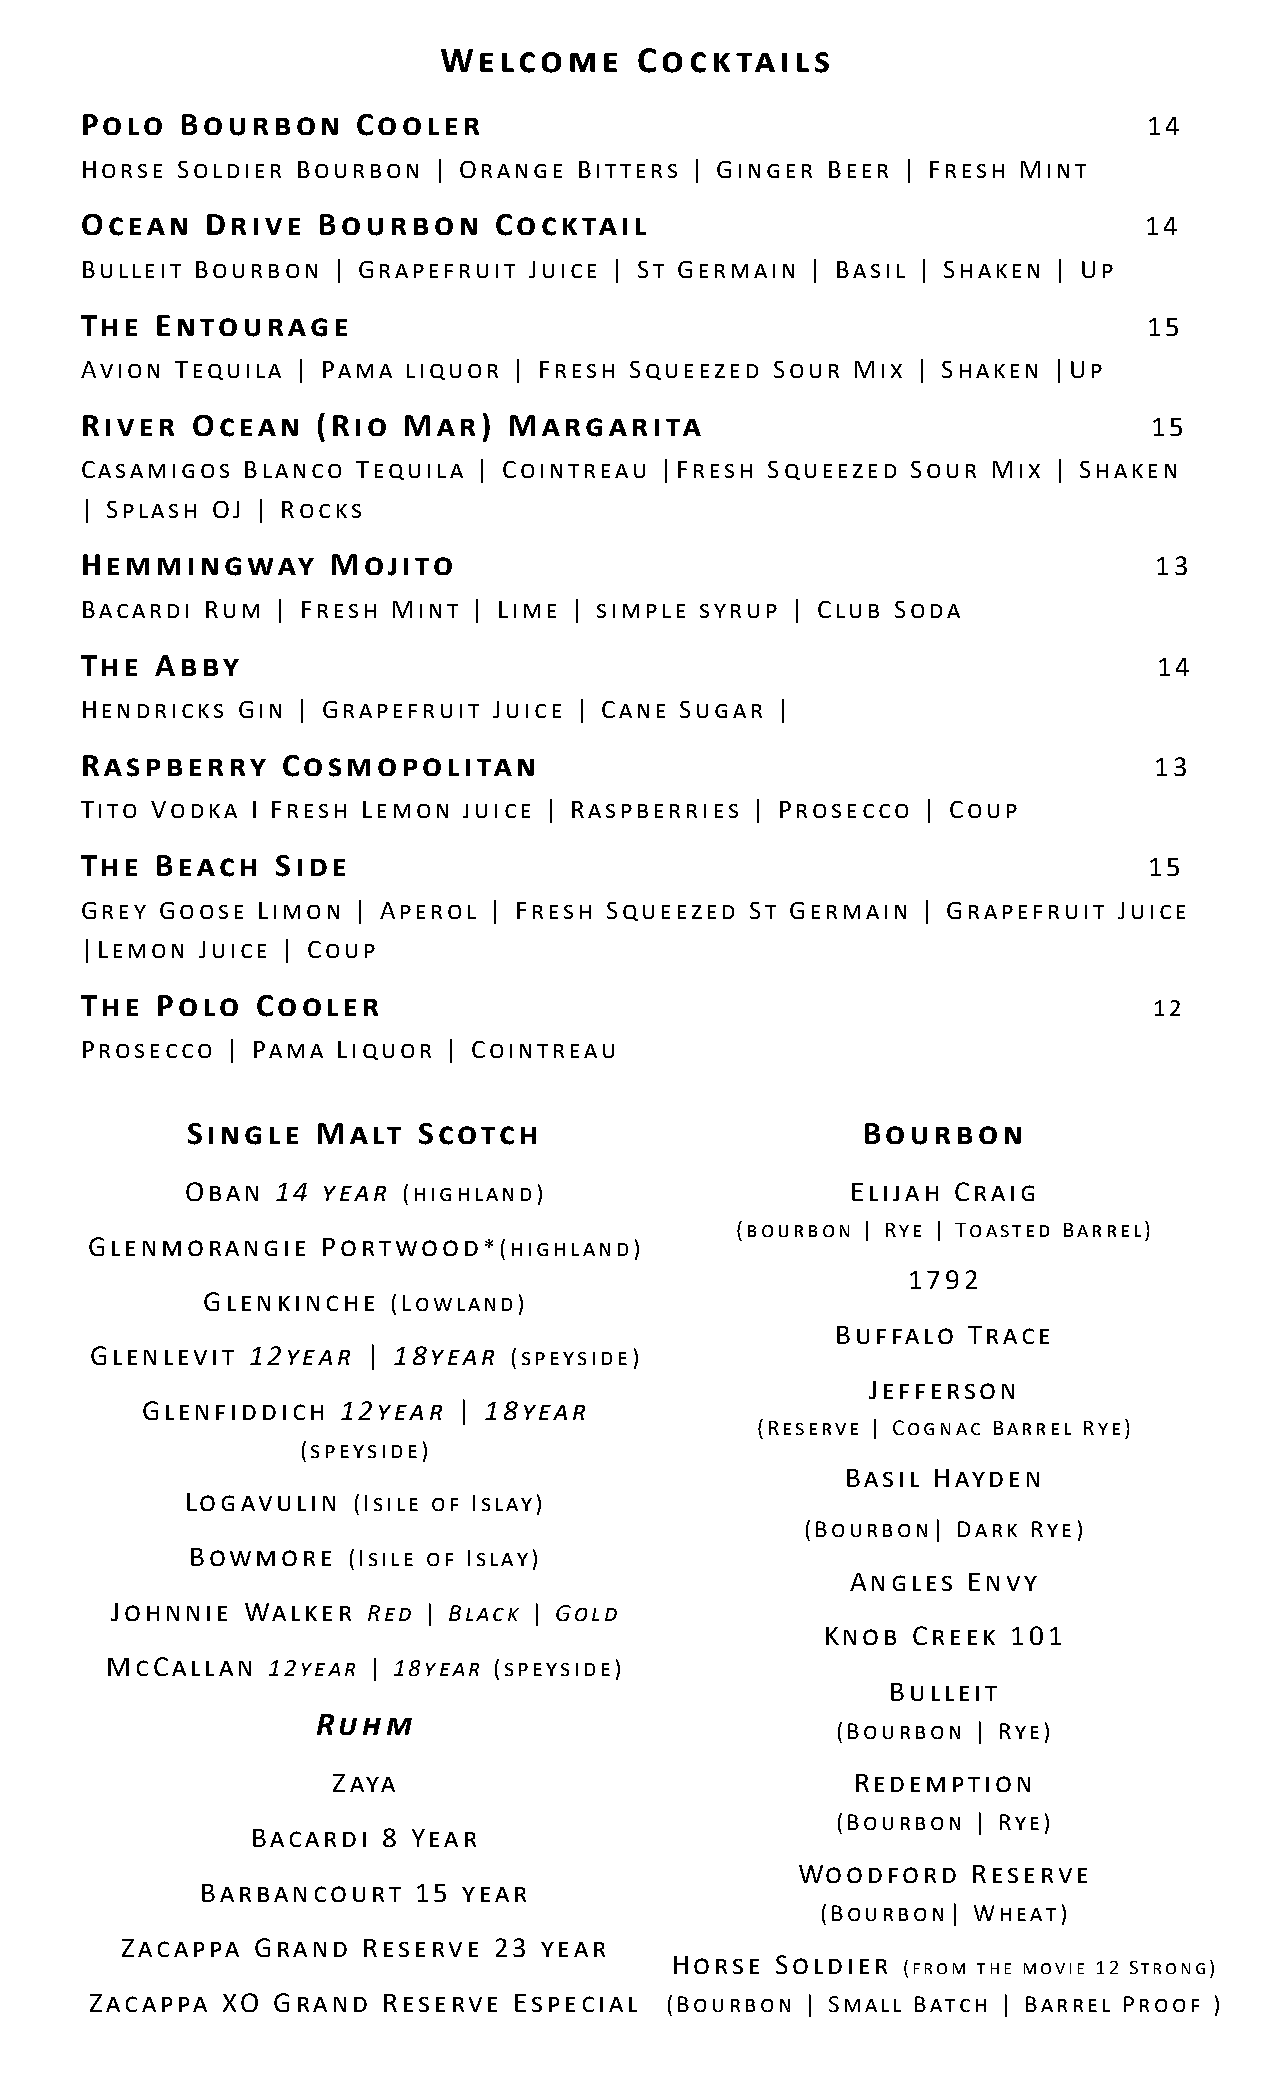
Welcome      Cocktails
 Polo   Bourbon     Cooler                                              14
 Horse  Soldier Bourbon  | Orange Bitters | Ginger Beer | Fresh Mint
 Ocean    Drive  Bourbon     Cocktail                                   14
 Bulleit Bourbon  | Grapefruit Juice | St Germain | Basil | Shaken | Up
 The  Entourage                                                         15
 Avion  Tequila | Pama liquor | Fresh Squeezed Sour Mix  | Shaken |Up
 River   Ocean   (Rio  Mar)   Margarita                                 15
 Casamigos  Blanco  Tequila | Cointreau |Fresh Squeezed Sour  Mix | Shaken
 | Splash OJ | Rocks
 Hemmingway       Mojito                                                13
 Bacardi Rum  | Fresh Mint | Lime | simple syrup | Club Soda
 The  Abby                                                               14
 Hendricks  Gin | Grapefruit Juice | Cane Sugar |
 Raspberry     Cosmopolitan                                             13
 Tito Vodka  I Fresh Lemon juice | Raspberries | Prosecco | Coup
 The  Beach   Side                                                      15
 Grey  Goose Limon | Aperol | Fresh Squeezed  St Germain | Grapefruit Juice
 |Lemon  Juice | Coup
 The  Polo   Cooler                                                     12
 Prosecco  | Pama Liquor | Cointreau
 Single   Malt   Scotch                       B o u r b o n
 Oban  14 year  (highland)                   Elijah Craig
 (bourbon | Rye | Toasted Barrel)
 Glenmorangie   Portwood*(highland)
 1792
 Glenkinche   (Lowland)
 Buffalo  Trace
 Glenlevit 12year  | 18year  (speyside)
 Jefferson
 Glenfiddich   12year | 18year
 (Reserve | Cognac Barrel Rye)
 (speyside)
 Basil Hayden
 Logavulin  (Isile of Islay)
 (Bourbon| Dark Rye)
 Bowmore   (Isile of Islay)
 Angles  Envy
 Johnnie  Walker  Red | Black | Gold
 Knob Creek  101
 McCallan   12year | 18year (speyside)
 Bulleit
 Ruhm
 (Bourbon  | Rye)
 Zaya                               Redemption
 (Bourbon  | Rye)
 Bacardi 8 Year
 Woodford   Reserve
 Barbancourt   15  year
 (Bourbon| Wheat)
 Zacappa  Grand  Reserve  23 year
 Horse  Soldier
 (from the movie 12 Strong)
 Zacappa  XO Grand  Reserve  Especial  (Bourbon | Small Batch | Barrel Proof )